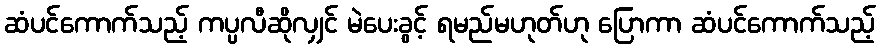
ဆံပင်ကောက်သည့် ကပ္ပလီဆိုလျှင် မဲပေးခွင့် ရမည်မဟုတ်ဟု ပြောကာ ဆံပင်ကောက်သည့်